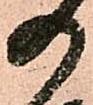
の